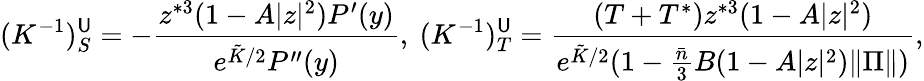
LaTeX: (K^{-1})_{S}^{\mathsf{U}}=-\frac{{z^{*3}(1-A|z|^{2})P^{\prime}(y)}}{{e^{\tilde{{K}}/2}P^{\prime\prime}(y)}},\mathrm{{~}}(K^{-1})_{T}^{\mathsf{U}}=\frac{{(T+T^{*})z^{*3}(1-A|z|^{2})}}{{e^{\tilde{{K}}/2}(1-\frac{{\bar{{n}}}}{{3}}B(1-A|z|^{2})\| \Pi\| )}},